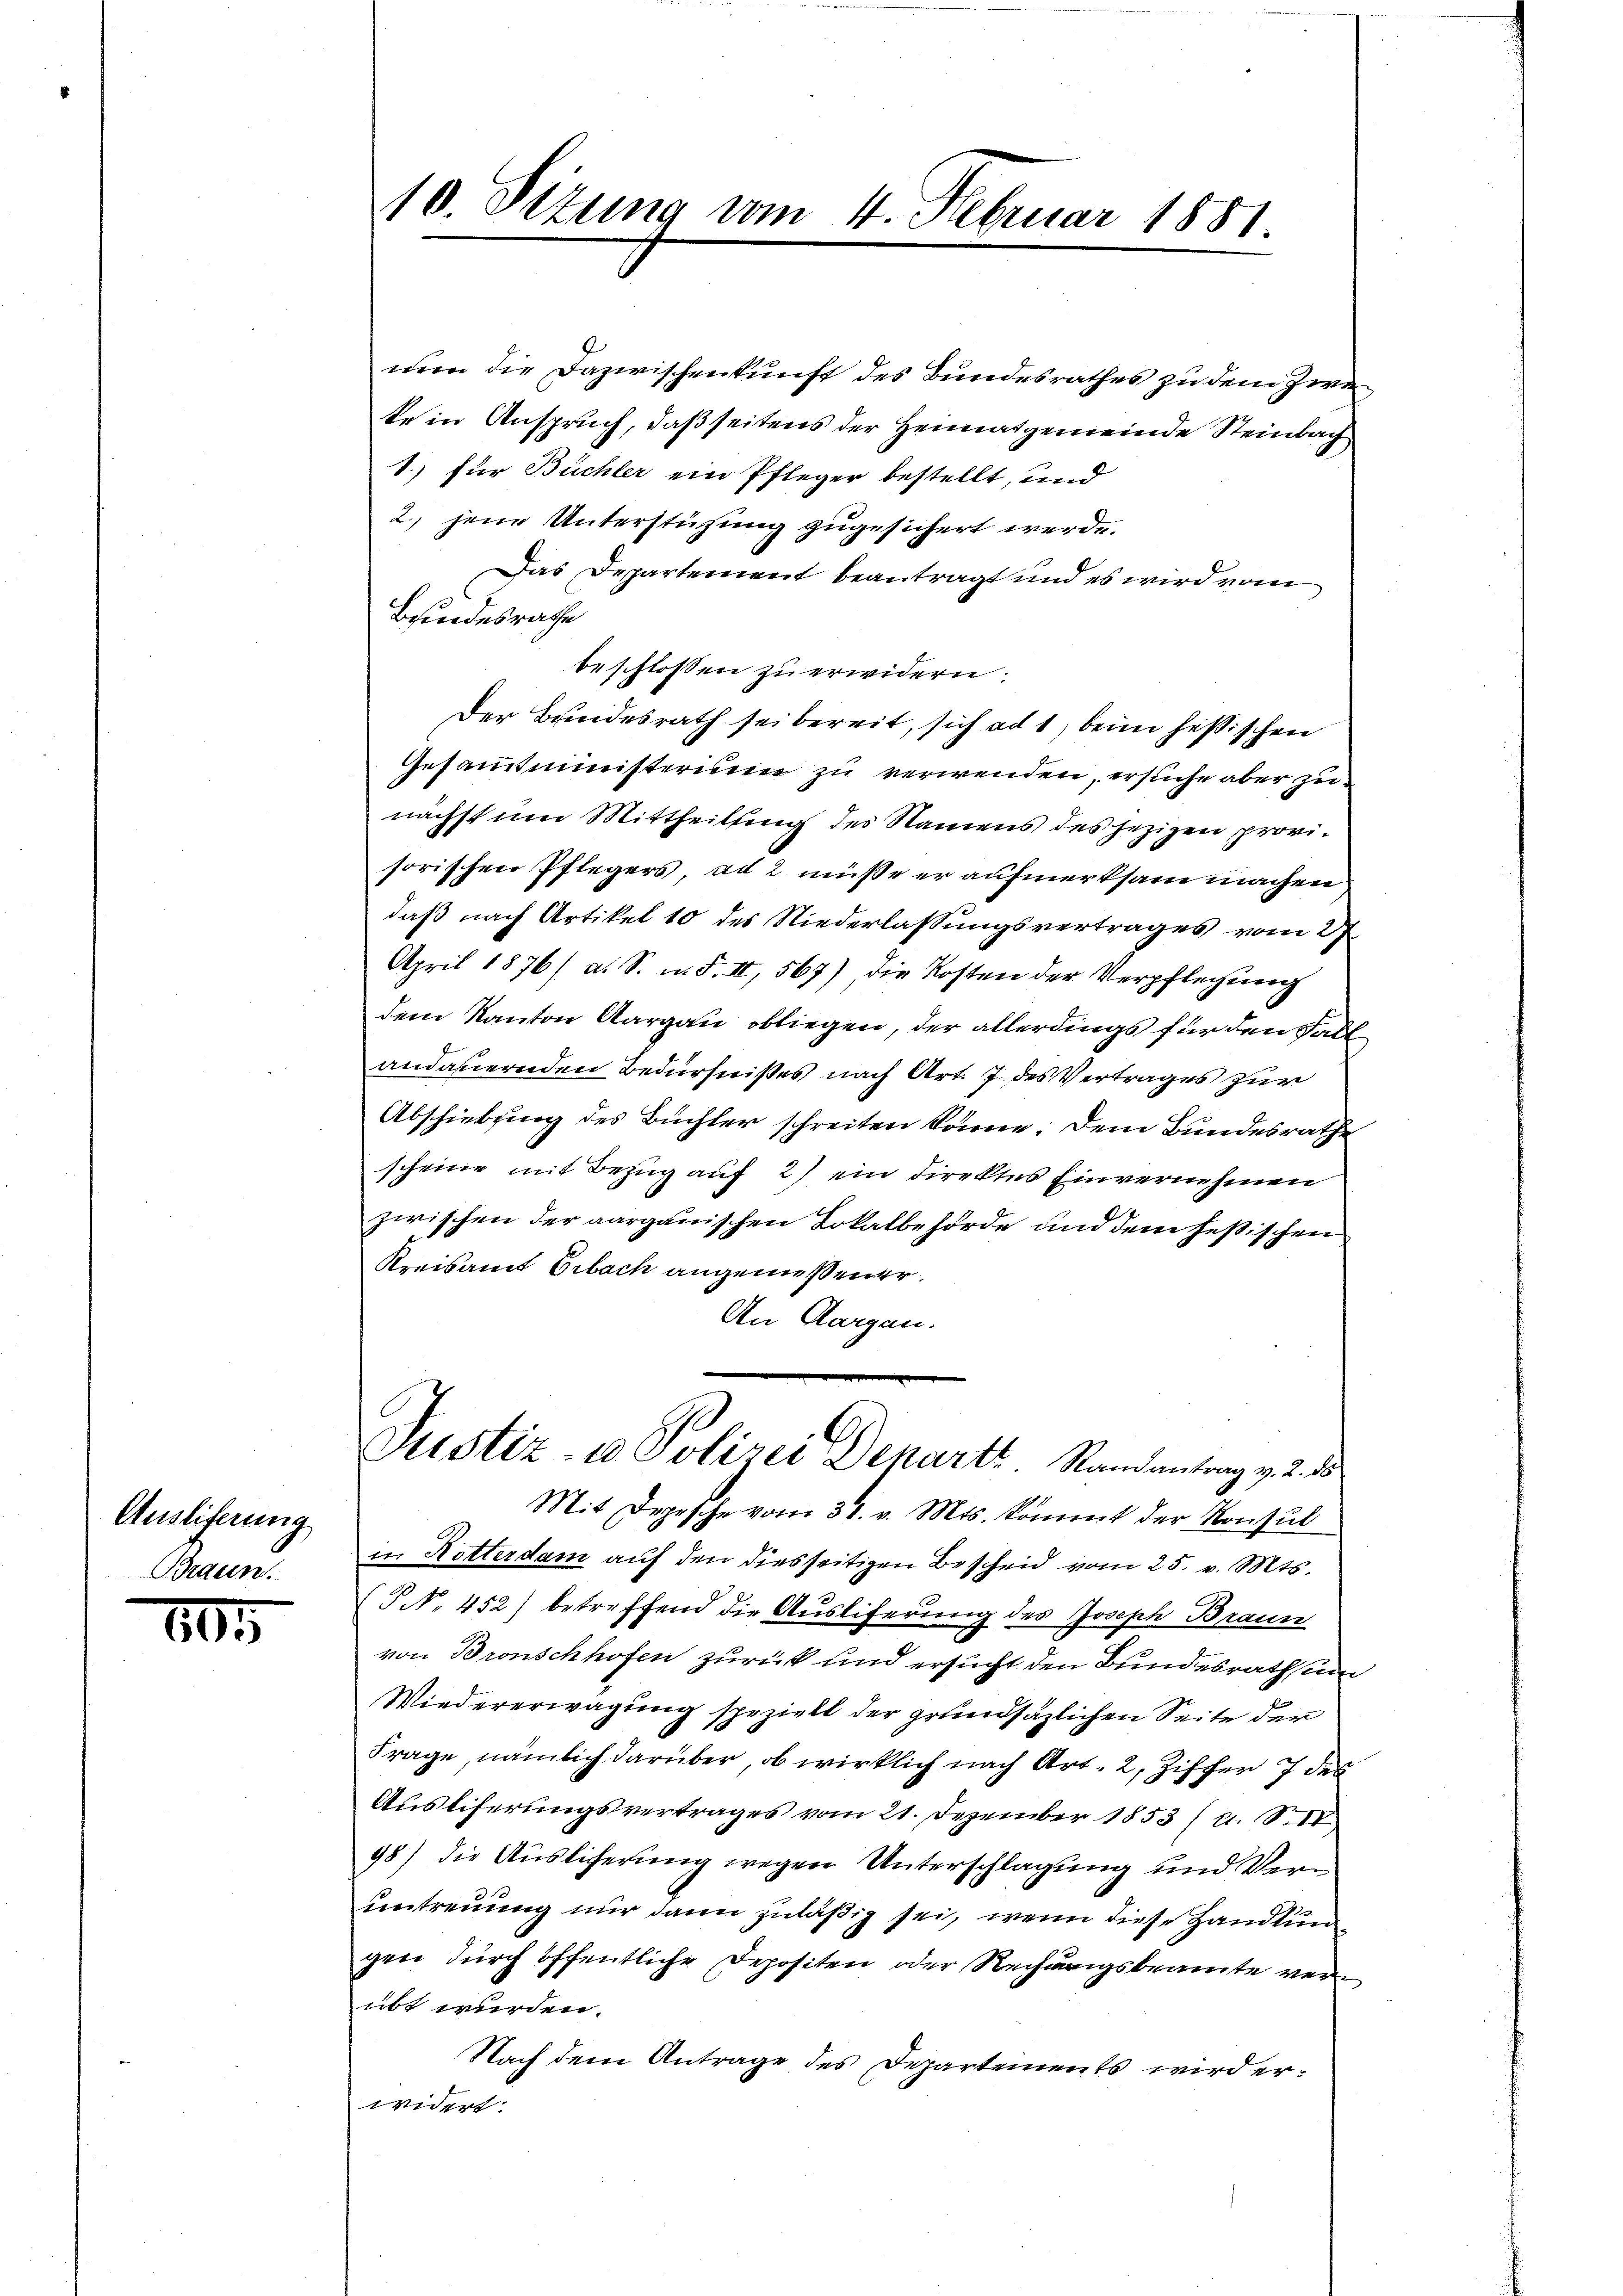
Auslieferung
Braun.

105

men die Dazwischenkunft des Bundesrathes zu dem Zwete in Anspruch, daß seitens der Heimatgemeinde Steinbach
1.) für Büchler ein Pfleger bestellt, und
2. jene Unterstützung zugesichert werde.
Das Departement beantragt und es wird vom
Beindesrathe
beschlossen zu erwidern.
Der Bundesrath sei bereit, sich ad 1, beim hessischen
Gesammtministerium zu verwenden, ersuche aber zu
nächst um Mittheilung des Namens des jezigen provisorischen Pflegers, ad 2. müße er aufmerksam machen
daß nach Artikel 10 des Niederlassungsvertrages vom 27.
April 1876/ a. S. n. F. II, 567) die Kosten der Verpflegung
dem Kanton Aargau obliegen, der allerdings für den Fall
andauernden Bedürfnißes nach Art. 7. des Vertrages zur
Abschiebung des Büchler schreiten könne. Dem Bundesrathe
scheine mit Bezug auf 2) ein Direktes Einvernehmen
zwischen der aargauischen Lokalbehörde und dem festischen
Kreisamt Gibach angemeßener.
An Aargau.
Justiz- & Polizei Departe. Randantrag v. 2. 15.
Mit Depesche vom 31. v. Mts. kommt der Konsul
in Notterdam auf den diesseitigen Bescheid vom 25. v. Mts.
(N. 452) betreffend die Ausliferung des Joseph Braun
von Bronschhofen zurück und ersucht den Bundesrath um
Wiedererwägung speziell der grundsätzlichen Seite der
Frage, nämlich darüber, ob wirklich nach Art. 2, Ziffer 7 des
Ausliferungsvertrages vom 21. Dezember 1853 (s. S.
98) die Auslicherung wegen Unterschlagung und Verm
untreuung nur dann zuläßig sei, wenn diese Handlun
gen durch öffentliche Depositen oder Rechnungsbeamte verübt wurden.
Nach dem Antrage des Departements wird erwidert.

10. Sizung vom 4. Februar 1881